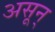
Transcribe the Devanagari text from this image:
असून्